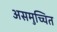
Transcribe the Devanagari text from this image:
असमुच्चित